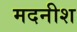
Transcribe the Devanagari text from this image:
मदनीश